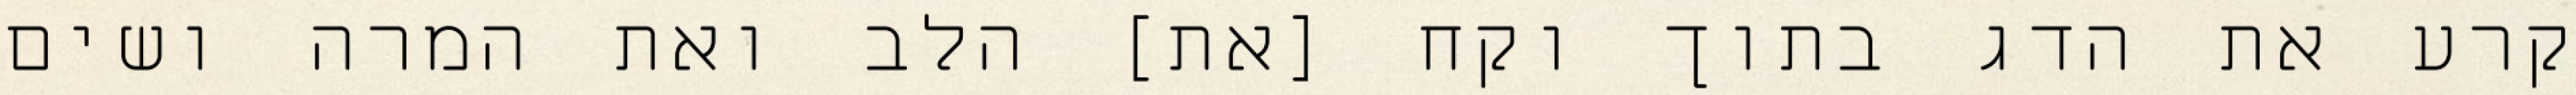
קרע את הדג בתוך וקח [את] הלב ואת המרה ושים